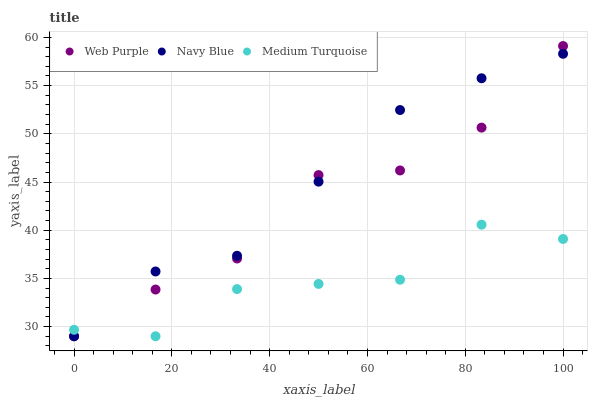
| xaxis_label | Web Purple | Navy Blue | Medium Turquoise |
 | --- | --- | --- | --- |
 | 0 | 29 | 29 | 29.7 |
 | 16.7 | 33.8 | 35.7 | 29 |
 | 33.3 | 37.1 | 37.3 | 33.9 |
 | 50 | 45.7 | 45 | 34.4 |
 | 66.7 | 46.2 | 52.5 | 34.9 |
 | 83.3 | 50.6 | 55.8 | 40.6 |
 | 100 | 59.1 | 58.3 | 39.1 |